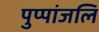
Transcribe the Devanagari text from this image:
पुप्पांजलि